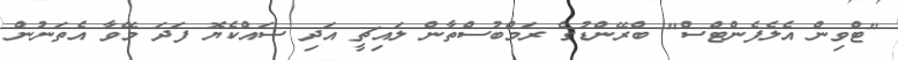
"ޓްވިން އެލެފެންޓްސް" ބްރޭންޑުގެ ރަމްބުސްތާން ލައިޗީ އަދި ސައްކެޔޮ ފަދަ މޭވާ އެތަނުން